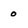
Character: 0